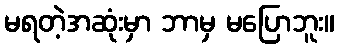
မရတဲ့အဆုံးမှာ ဘာမှ မပြောဘူး။